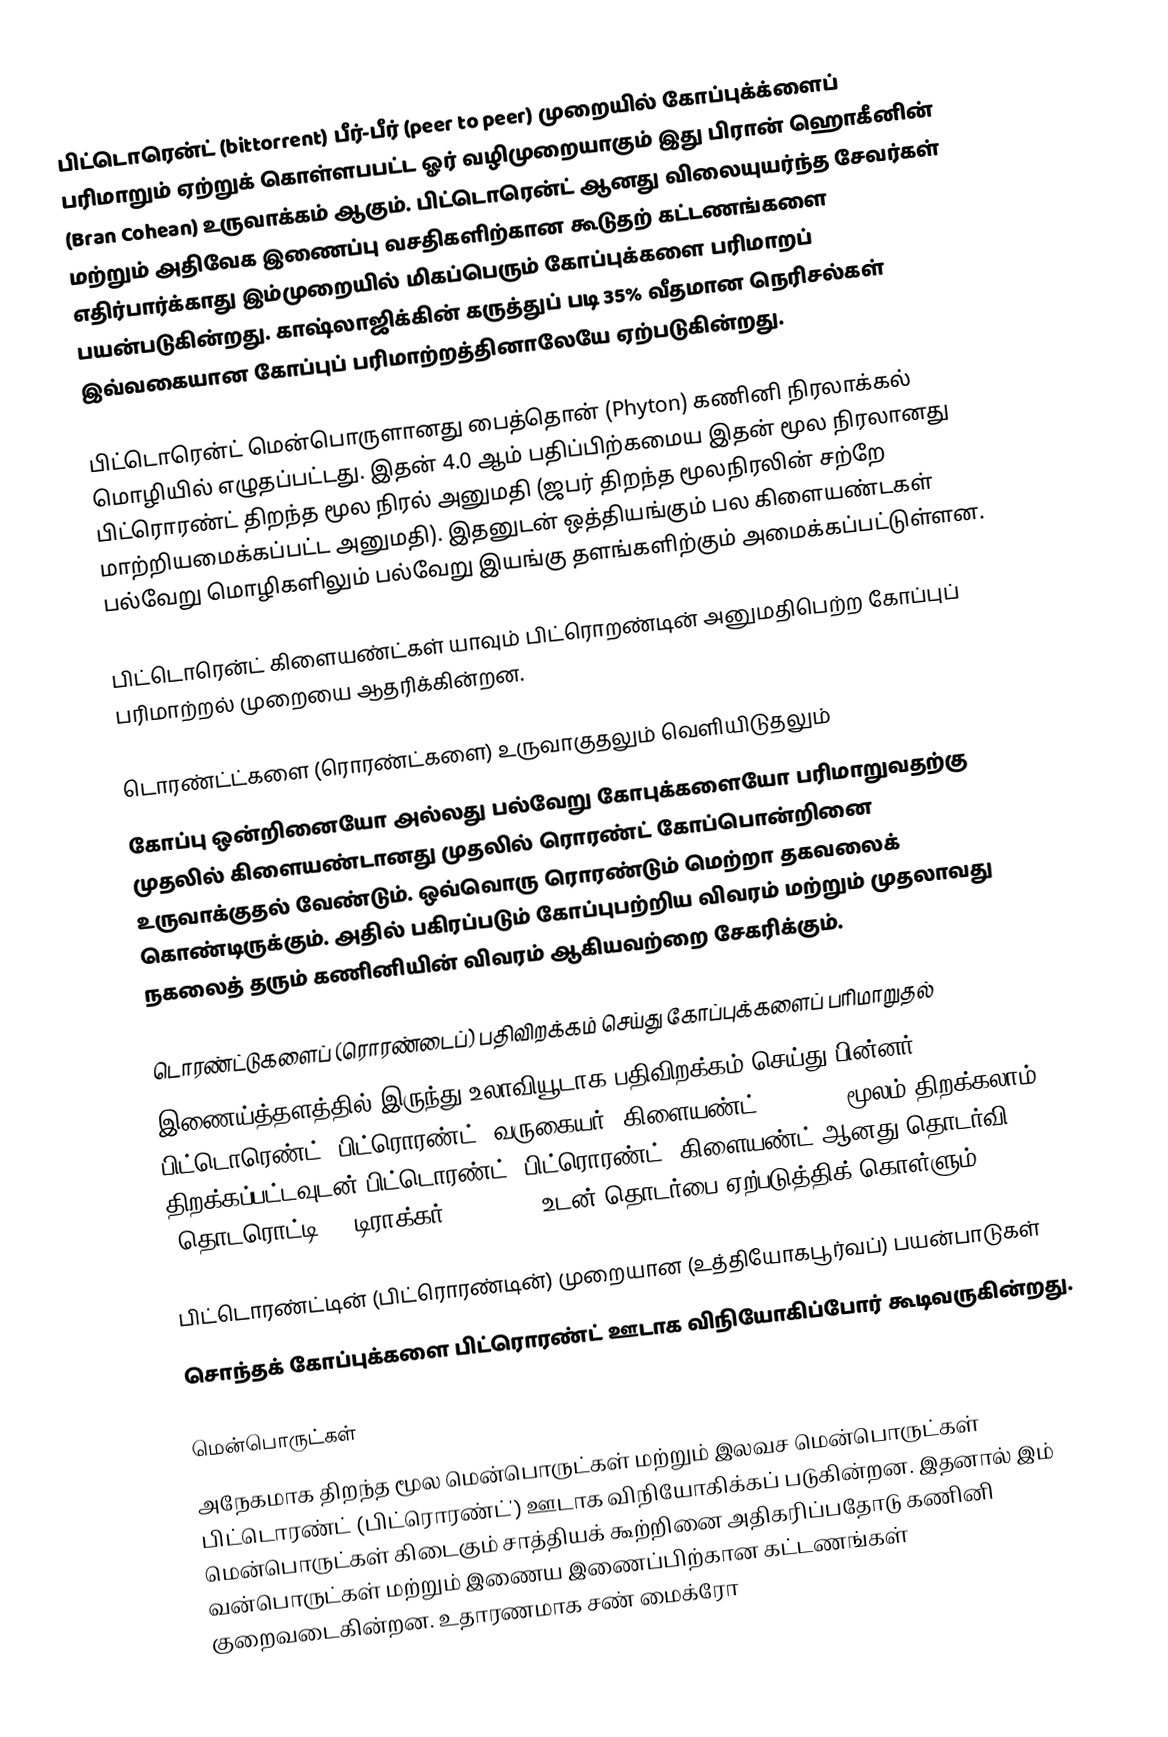
பிட்டொரென்ட் (bittorrent) பீர்-பீர் (peer to peer) முறையில் கோப்புக்க்ளைப் பரிமாறும் ஏற்றுக் கொள்ளபபட்ட ஓர் வழிமுறையாகும் இது பிரான் ஹொகீனின் (Bran Cohean) உருவாக்கம் ஆகும். பிட்டொரென்ட் ஆனது விலையுயர்ந்த சேவர்கள் மற்றும் அதிவேக இணைப்பு வசதிகளிற்கான கூடுதற் கட்டணங்களை எதிர்பார்க்காது இம்முறையில் மிகப்பெரும் கோப்புக்களை பரிமாறப் பயன்படுகின்றது. காஷ்லாஜிக்கின் கருத்துப் படி 35% வீதமான நெரிசல்கள் இவ்வகையான கோப்புப் பரிமாற்றத்தினாலேயே ஏற்படுகின்றது.

பிட்டொரென்ட் மென்பொருளானது பைத்தொன் (Phyton) கணினி நிரலாக்கல் மொழியில் எழுதப்பட்டது. இதன் 4.0 ஆம் பதிப்பிற்கமைய இதன் மூல நிரலானது பிட்ரொரண்ட் திறந்த மூல நிரல் அனுமதி (ஜபர் திறந்த மூலநிரலின் சற்றே மாற்றியமைக்கப்பட்ட அனுமதி). இதனுடன் ஒத்தியங்கும் பல கிளையண்டகள் பல்வேறு மொழிகளிலும் பல்வேறு இயங்கு தளங்களிற்கும் அமைக்கப்பட்டுள்ளன.

பிட்டொரென்ட் கிளையண்ட்கள் யாவும் பிட்ரொறண்டின் அனுமதிபெற்ற கோப்புப் பரிமாற்றல் முறையை ஆதரிக்கின்றன.

டொரண்ட்ட்களை (ரொரண்ட்களை) உருவாகுதலும் வெளியிடுதலும்
கோப்பு ஒன்றினையோ அல்லது பல்வேறு கோபுக்களையோ பரிமாறுவதற்கு முதலில் கிளையண்டானது முதலில் ரொரண்ட் கோப்பொன்றினை உருவாக்குதல் வேண்டும். ஒவ்வொரு ரொரண்டும் மெற்றா தகவலைக் கொண்டிருக்கும். அதில் பகிரப்படும் கோப்புபற்றிய விவரம் மற்றும் முதலாவது நகலைத் தரும் கணினியின் விவரம் ஆகியவற்றை சேகரிக்கும்.

டொரண்ட்டுகளைப் (ரொரண்டைப்) பதிவிறக்கம் செய்து கோப்புக்களைப் பரிமாறுதல்
இணைய்த்தளத்தில் இருந்து உலாவியூடாக பதிவிறக்கம் செய்து பின்னர் பிட்டொரெண்ட் (பிட்ரொரண்ட்) வருகையர் (கிளையண்ட், client) மூலம் திறக்கலாம். திறக்கப்பட்டவுடன் பிட்டொரண்ட் (பிட்ரொரண்ட்) கிளையண்ட் ஆனது தொடர்வி (தொடரொட்டி?) (டிராக்கர், tracker) உடன் தொடர்பை ஏற்படுத்திக் கொள்ளும்.

பிட்டொரண்ட்டின் (பிட்ரொரண்டின்) முறையான (உத்தியோகபூர்வப்) பயன்பாடுகள்
சொந்தக் கோப்புக்களை பிட்ரொரண்ட் ஊடாக விநியோகிப்போர் கூடிவருகின்றது.

மென்பொருட்கள்
அநேகமாக திறந்த மூல மென்பொருட்கள் மற்றும் இலவச மென்பொருட்கள் பிட்டொரண்ட் (பிட்ரொரண்ட்') ஊடாக விநியோகிக்கப் படுகின்றன. இதனால் இம் மென்பொருட்கள் கிடைகும் சாத்தியக் கூற்றினை அதிகரிப்பதோடு கணினி வன்பொருட்கள் மற்றும் இணைய இணைப்பிற்கான கட்டணங்கள் குறைவடைகின்றன. உதாரணமாக சண் மைக்ரோ